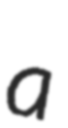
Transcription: a